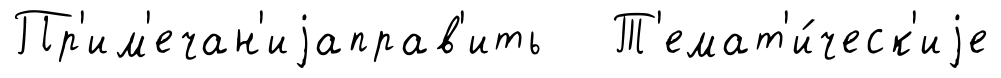
Пр'им'ечан'иjаправ'ить Т'емат'и́ческ'иjе